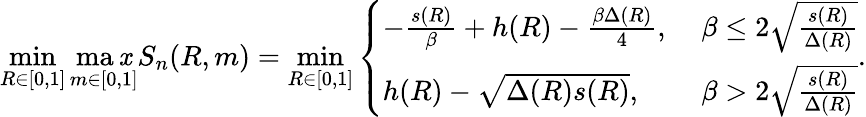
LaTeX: \operatorname*{min}_{R\in[0,1]}\operatorname*{ma\mathit{x}}_{m\in[0,1]}S_{n}(R,m)=\operatorname*{min}_{R\in[0,1]}\left\{ \begin{array}{ll}{-\frac{s(R)}{\beta}+h(R)-\frac{\beta\Delta(R)}{4},\; }&{\beta\leq 2\sqrt{\frac{s(R)}{\Delta(R)}}}\\ {h(R)-\sqrt{\Delta(R)s(R)},\; }&{\beta>2\sqrt{\frac{s(R)}{\Delta(R)}}}\end{array}\right..